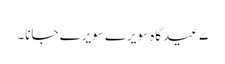
۷ عید گاہ سویرے سویرے جانا۔